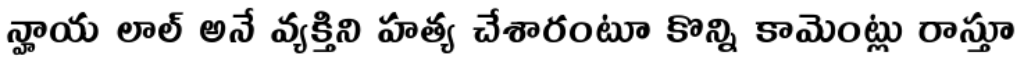
న్హాయ లాల్ అనే వ్యక్తిని హత్య చేశారంటూ కొన్ని కామెంట్లు రాస్తూ